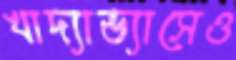
খাদ্যাভ্যাসেও